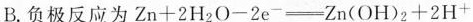
B.负极反应为$$Z n + 2 H _ { 2 } O - 2 e …… { - } \xlongequal [ ] { } Z n ( O H ) _ { 2 } + 2 H ^ { + }$$